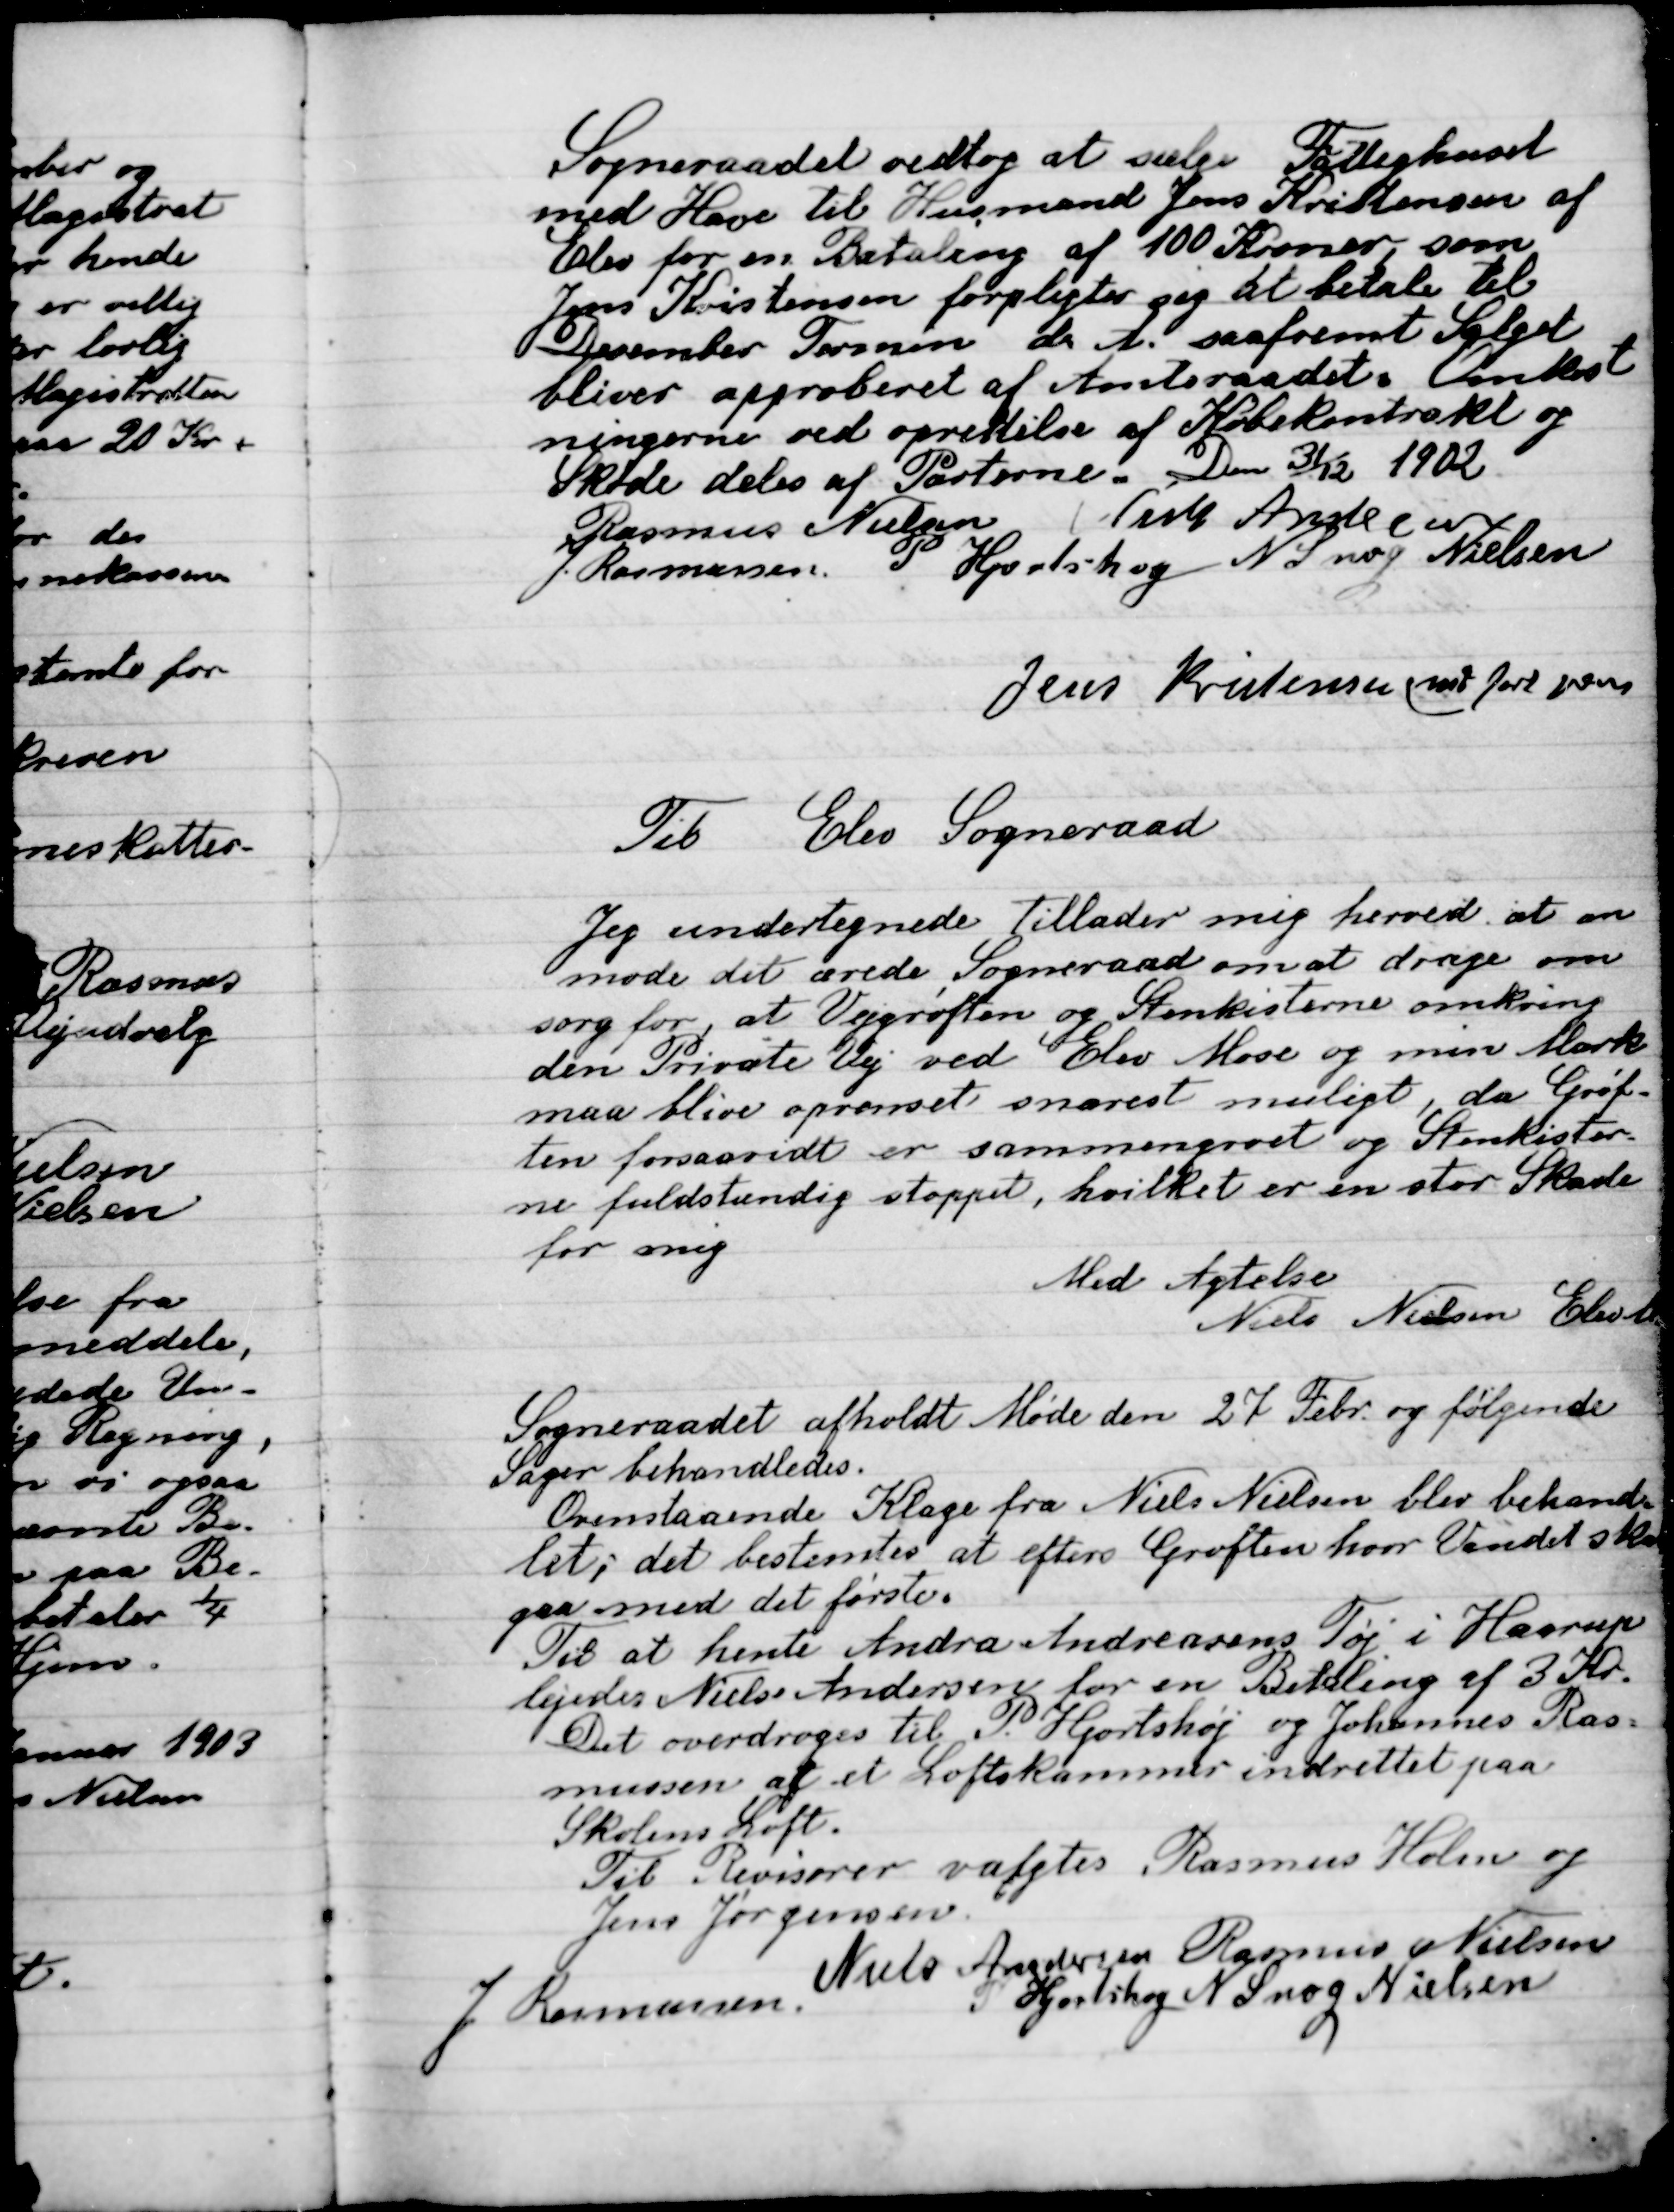
Transskription:
Sogneraadet vedtog at sælge Fattighuset
Med Have til Husmand Jens Kristensen af
Elev for en Betaling af 100 Kroner som
Jens Kristensen forpligter sig til betale til
December Termin  d. A. saafremt Salæret
bliver approberet af Amtsraadet. Omkost-
ningerne ved oprettelse af Købskontrakt og
Skøde deles af Paterne. Den 31/12 1902.
Rasmus Nielsen
Niels Andersen
J. Rasmussen
P. Hjortshøj
Nils Snog Nielsen
Jens Kristensen (

Til Elev Sogneraad
Jeg undertegnede tillader mig hermed at an-
mode det ærede Sogneraad om at drage om-
sorg for at Vejgrøften og Stenkisterne omkring
den Pdrivate Vej ved Elev Mose og min Mark
maa blive oprenset snaresty muligt da Grøf-
ten forsaavidt er sammengroet og Stenkister-
ne fuldstændig stoppet, hvilket er en stor Skade
for mig.
Med Agtelse
Niels Nilsen Elsted

Sogneraadet afholdt Møde den 27 Febr. og følgende
Sager behandledes.
Ovenstaaende Klage fra Niels Nielsen blev behandlet;
Det bestemtes at efterse Grøften hvor vandet skader
paa mod det første.
Til at hente Andra Andreasens Tøj i Haarup
Ligeledes Niels Andersen for en Betaling af 3 Kr.
Det overdroges til P. Hjortshøj og  Johannes Ras-
mussen  af et Loftskammer indrettet paa
Skolens Loft.
 Til Revisorer valgtes Rasmus Holm og
Jens Jørgensen.

Niels Andersen
Rasmus Nielsen
J. Rasmussen
P. Hjortshøj
N. Snog Nielsen